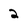
Character: 2